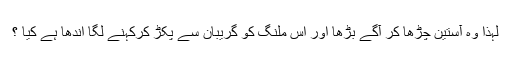
لِہذا وہ آستین چَڑھا کر آگے بَڑھا اور اس ملنگ کو گریبان سے پَکڑ کرکہنے لگا اندھا ہے کیا ؟